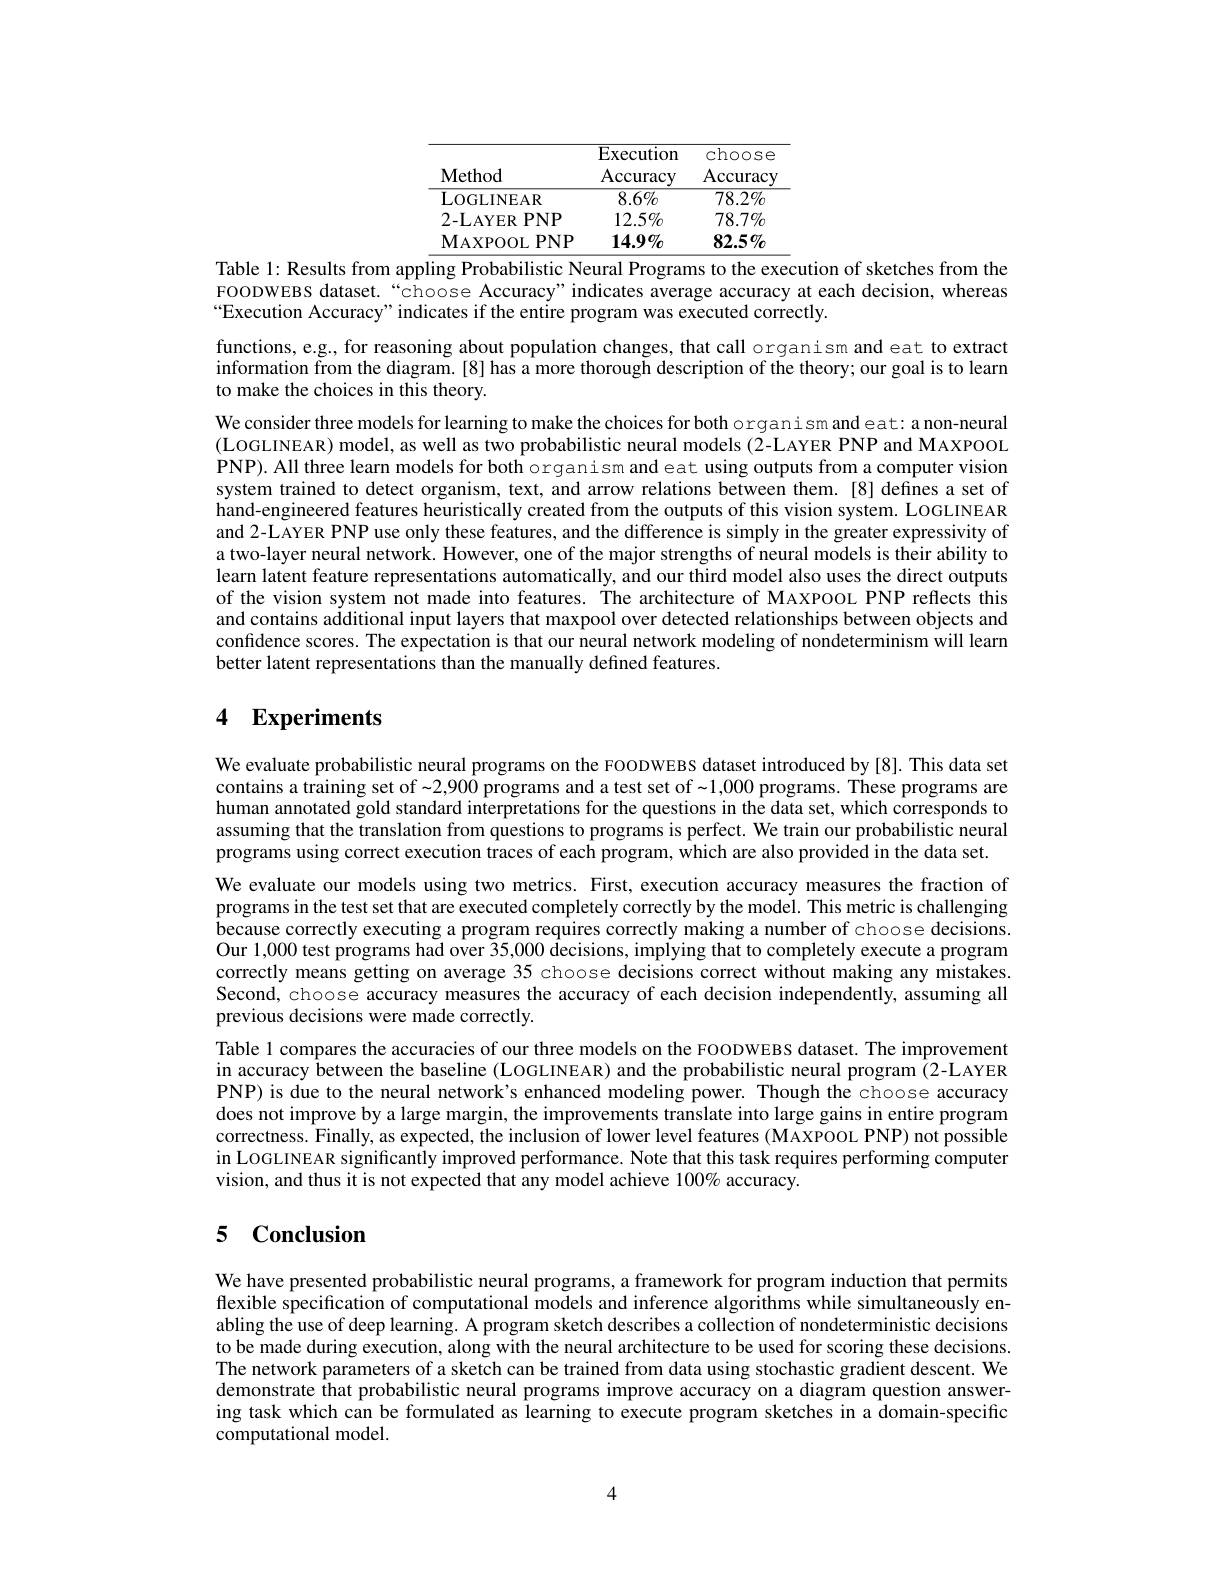
<table>
	<tbody>
		<tr>
			<th>$\mathbf{Method}$</th>
			<th>Execution Accuracy</th>
			<th>choose Accuracy</th>
		</tr>
		<tr>
			<th>$\mathbf{Method}$</th>
			<th>$\operatorname{Execution}$ Accuracy</th>
			<th>choose Accuracy</th>
		</tr>
		<tr>
			<th> </th>
			<th>$\operatorname{Execution}$</th>
			<th>choose</th>
		</tr>
		<tr>
			<th>$\mathbf{Method}$</th>
			<th>$\operatorname{Execution}$ Accuracy</th>
			<th>choose Accuracy</th>
		</tr>
		<tr>
			<th>$\mathbf{Method}$</th>
			<th>Accuracy</th>
			<th>Accuracy</th>
		</tr>
		<tr>
			<td>LOGLINEAR</td>
			<td>$8.6\%$</td>
			<td>$78.2\%$</td>
		</tr>
		<tr>
			<td>2-LAYER $PNP$</td>
			<td>$12.5\%$</td>
			<td>$78.7\%$</td>
		</tr>
		<tr>
			<td>$\mathbf{M}_{\mathrm{AXPOOL}}$ ${\mathrm{PNP}}$</td>
			<td>$14.9\%$</td>
			<td>$82.5\%$</td>
		</tr>
	</tbody>
</table>

Table 1: Results from appling Probabilistic Neural Programs to the execution of sketches from the FOODWEBS dataset.“choose Accuracy"indicates average accuracy at each decision, whereas “Execution Accuracy" indicates if the entire program was executed correctly.

functions, eg., for reasoning about population changes, that call organism and eat to extract information from the diagram.[8] has a more thorough description of the theory; our goal is to learn to make the choices in this theory.
We consider three models for learning to make the choices for both organism and eat: a non-neural (LOGLINEAR) model, as well as two probabilistic neural models (2-LAYER PNP and MAXPOOL PNP). All three learn models for both organism and eat using outputs from a computer vision system trained to detect organism, text, and arrow relations between them. [8] defines a set of hand-engineered features heuristically created from the outputs of this vision system. LOGLINEAR and 2-LAYER PNP use only these features, and the difference is simply in the greater expressivity of a two-layer neural network. However, one of the major strengths of neural models is their ability to learn latent feature representations automatically, and our third model also uses the direct outputs of the vision system not made into features. The architecture of MAXPOOL PNP reflects this and contains additional input layers that maxpool over detected relationships between objects and confidence scores. The expectation is that our neural network modeling of nondeterminism will learn better latent representations than the manually defined features.

## 4 Experiments

We evaluate probabilistic neural programs on the FOODWEBS dataset introduced by[8]. This data set contains a training set of~2,900 programs and a test set of~1,000 programs. These programs are human annotated gold standard interpretations for the questions in the data set, which corresponds to assuming that the translation from questions to programs is perfect. We train our probabilistic neural programs using correct execution traces of each program, which are also provided in the data set.
We evaluate our models using two metrics. First, execution accuracy measures the fraction of programs in the test set that are executed completely correctly by the model. This metric is challenging because correctly executing a program requires correctly making a number of choose decisions. Our 1,000 test programs had over 35,000 decisions, implying that to completely execute a program correctly means getting on average 35 choose decisions correct without making any mistakes. Second, choose accuracy measures the accuracy of each decision independently, assuming all previous decisions were made correctly.
Table 1 compares the accuracies of our three models on the FOODWEBS dataset. The improvement in accuracy between the baseline (LOGLINEAR) and the probabilistic neural program (2-LAYER PNP) is due to the neural network's enhanced modeling power. Though the choose accuracy does not improve by a large margin, the improvements translate into large gains in entire program correctness. Finally, as expected, the inclusion of lower level features (MAXPOOL PNP) not possible in LOGLINEAR significantly improved performance. Note that this task requires performing computer vision, and thus it is not expected that any model achieve $100\%$ accuracy

## 5 Conclusion

We have presented probabilistic neural programs, a framework for program induction that permits flexible specification of computational models and inference algorithms while simultaneously enabling the use of deep learning. A program sketch describes a collection of nondeterministic decisions to be made during execution, along with the neural architecture to be used for scoring these decisions The network parameters of a sketch can be trained from data using stochastic gradient descent. We demonstrate that probabilistic neural programs improve accuracy on a diagram question answering task which can be formulated as learning to execute program sketches in a domain-specific computational model.